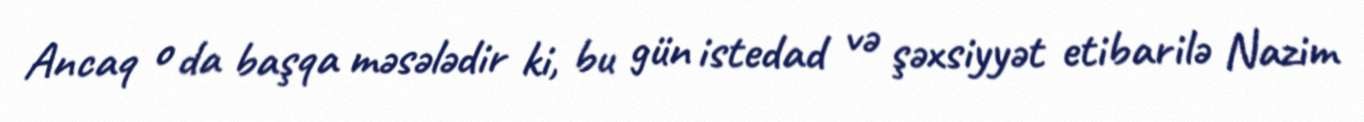
Ancaq o da başqa məsələdir ki, bu gün istedad və şəxsiyyət etibarilə Nazim